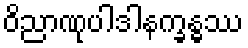
ဝိညာဏုပါဒါနက္ခန္ဓဿ